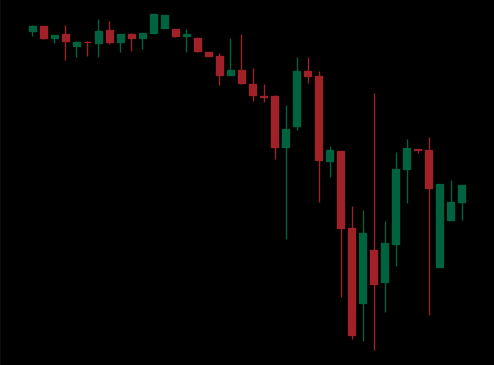
Pattern: unclassified